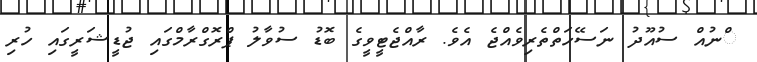
ްނުއް ސުއޫދު ނަސޭހަތްތެރިވެއްޖެ އެވެ. ރާއްޖެޓީވީގެ ބޮޑު ސުވާލު ޕްރޮގްރާމްގައި ޖުޑީޝަރީގައި ހުރި